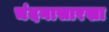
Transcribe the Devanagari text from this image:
चंदनासारखा